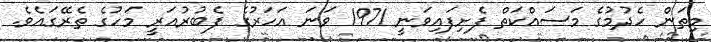
މިތަން ހެދުމުގެ މަސައްކަތް ފެށިފައިވަނީ 1971 ވަނަ އަހަރުގެ ފެބުރުއަރީ މަހުގެ ތެރޭގައެވެ.